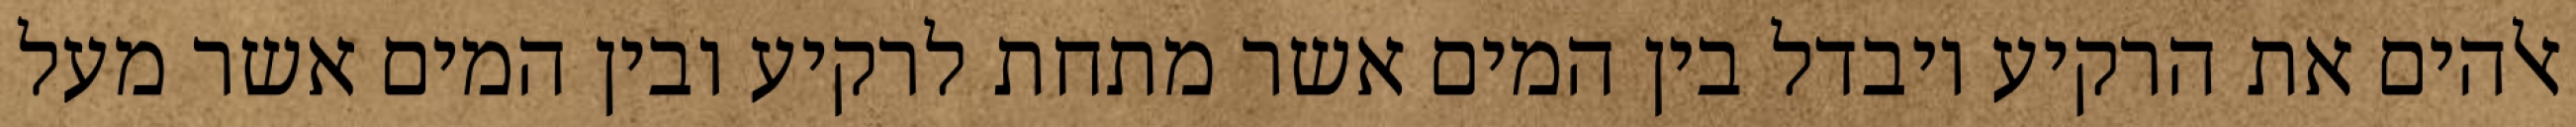
אלהים את הרקיע ויבדל בין המים אשר מתחת לרקיע ובין המים אשר מעל